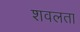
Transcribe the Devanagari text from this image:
शवलता